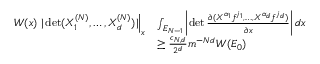
\begin{array} { r l } { W ( x ) \left. | \operatorname* { d e t } ( X _ { 1 } ^ { ( N ) } , \ldots , X _ { d } ^ { ( N ) } ) | \right| _ { x } } & { \int _ { E _ { N - 1 } } \left| \operatorname* { d e t } \frac { \partial ( X ^ { \alpha _ { 1 } } f ^ { j _ { 1 } } , \ldots , X ^ { \alpha _ { d } } f ^ { j _ { d } } ) } { \partial x } \right| d x } \\ & { \geq \frac { c _ { N , d } } { 2 ^ { d } } m ^ { - N d } W ( E _ { 0 } ) } \end{array}